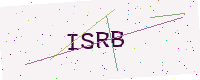
Text: ISRB